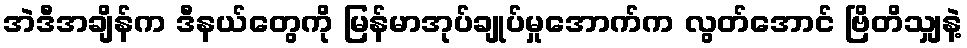
အဲဒီအချိန်က ဒီနယ်တွေကို မြန်မာအုပ်ချုပ်မှုအောက်က လွတ်အောင် ဗြိတိသျှနဲ့